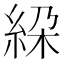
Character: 𥿰